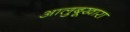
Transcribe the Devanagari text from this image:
आलुबूखारा